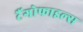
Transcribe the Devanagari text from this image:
टैंगोफाइल्स